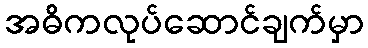
အဓိကလုပ်ဆောင်ချက်မှာ